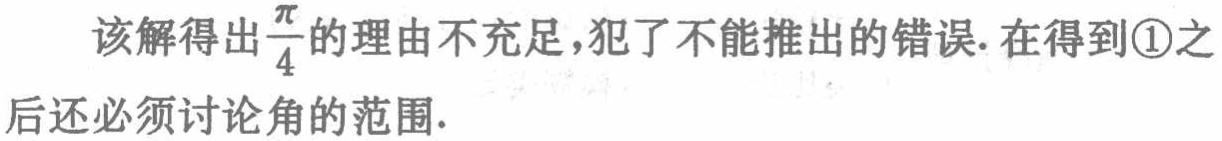
该解得出$\frac{\pi}{4}$的理由不充足，犯了不能推出的错误. 在得到\textcircled{1}之后还必须讨论角的范围.